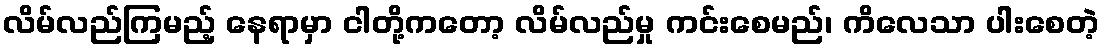
လိမ်လည်ကြမည့် နေရာမှာ ငါတို့ကတော့ လိမ်လည်မှု ကင်းစေမည်၊ ကိလေသာ ပါးစေတဲ့